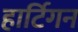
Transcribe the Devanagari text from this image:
हार्टिगन